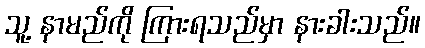
သူ့ နာမည်ကို ကြားရသည်မှာ နားခါးသည်။